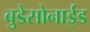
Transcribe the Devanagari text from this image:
बुडेसोनाईड